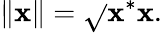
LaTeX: \| \mathbf{x}\| ={\sqrt{}{{\mathbf{x}^{*}\mathbf{x}}}}.